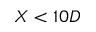
X < 1 0 D